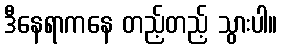
ဒီနေရာကနေ တည့်တည့် သွားပါ။